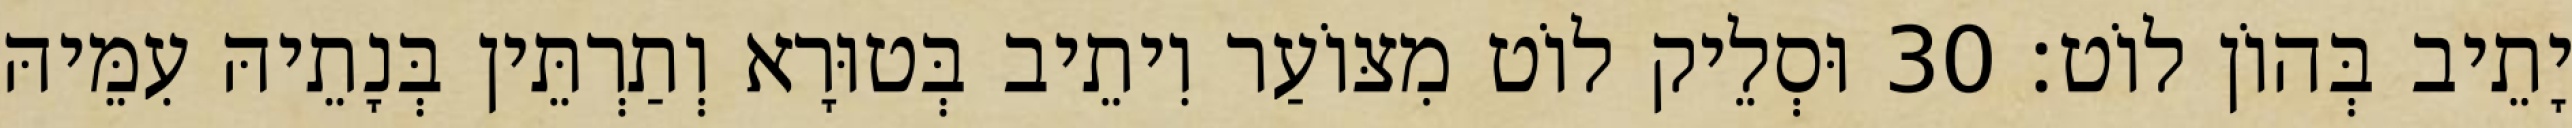
יָתֵיב בְּהוֹן לוֹט׃ 30 וּסְלֵיק לוֹט מִצּוֹעַר וִיתֵיב בְּטוּרָא וְתַרְתֵּין בְּנָתֵיהּ עִמֵּיהּ